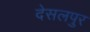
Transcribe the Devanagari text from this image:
देसलपुर